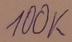
Text: 100K